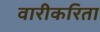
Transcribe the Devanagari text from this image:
वारीकरिता